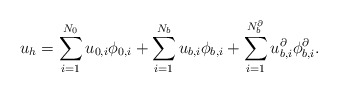
\begin{align*}u_h = \sum_{i=1}^{N_0} u_{0,i} \phi_{0,i} + \sum_{i=1}^{N_b} u_{b,i} \phi_{b,i}+ \sum_{i=1}^{N_b^{\partial}} u_{b,i}^{\partial} \phi_{b,i}^{\partial}.\end{align*}